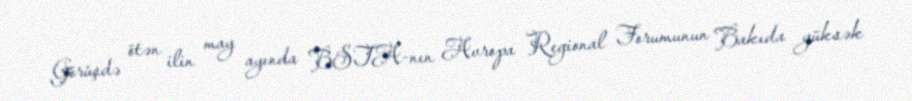
Görüşdə ötən ilin may ayında BSTA-nın Avropa Regional Forumunun Bakıda yüksək